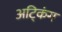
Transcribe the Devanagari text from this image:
अट्किंग